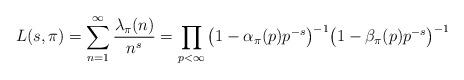
LaTeX: \begin{align*}L(s,\pi) =\sum_{n=1}^{\infty} \frac{\lambda_{\pi}(n)}{n^s}=\prod_{p<\infty}\big(1-\alpha_\pi(p)p^{-s} \big)^{-1} \big(1- \beta_\pi(p)p^{-s} \big)^{-1}\end{align*}